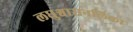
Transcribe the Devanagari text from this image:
लघुश्वासनलिका